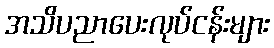
အသိပညာပေးလုပ်ငန်းများ